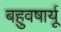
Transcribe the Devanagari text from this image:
बहुवषार्यू